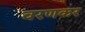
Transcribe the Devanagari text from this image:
वरणकर